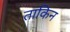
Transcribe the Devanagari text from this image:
ताकिन